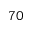
^ Ḋ 7 0 Ḍ